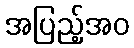
အပြည့်အဝ